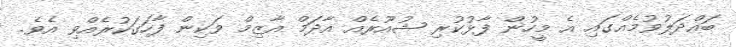
ބައްދަލުވުމެއްގައި އެ މީހުން ފާޅުކުރި ޝުއޫރެއް އާދަމް އާޒިމް ވަކިން ފާހަގަކުރެއްވި އެވެ.